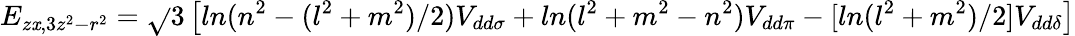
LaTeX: E_{z\mathit{x},3z^{2}-r^{2}}={\sqrt{}{{3}}}\left[ln(n^{2}-(l^{2}+m^{2})/2)V_{dd\sigma}+ln(l^{2}+m^{2}-n^{2})V_{dd\pi}-[ln(l^{2}+m^{2})/2]V_{dd\delta}\right]